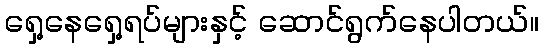
ရှေ့နေရှေ့ရပ်များနှင့် ဆောင်ရွက်နေပါတယ်။